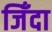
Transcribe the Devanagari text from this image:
जिँदा